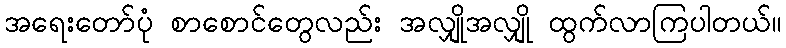
အရေးတော်ပုံ စာစောင်တွေလည်း အလျှိုအလျှို ထွက်လာကြပါတယ်။